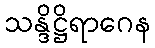
သန္ဒိဋ္ဌိရာဂေန